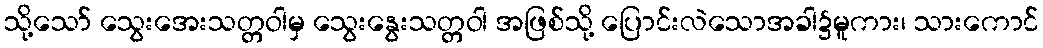
သို့သော် သွေးအေးသတ္တဝါမှ သွေးနွေးသတ္တဝါ အဖြစ်သို့ ပြောင်းလဲသောအခါ၌မူကား၊ သားကောင်